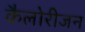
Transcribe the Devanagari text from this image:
कैलोरीजन